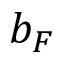
b _ { F }